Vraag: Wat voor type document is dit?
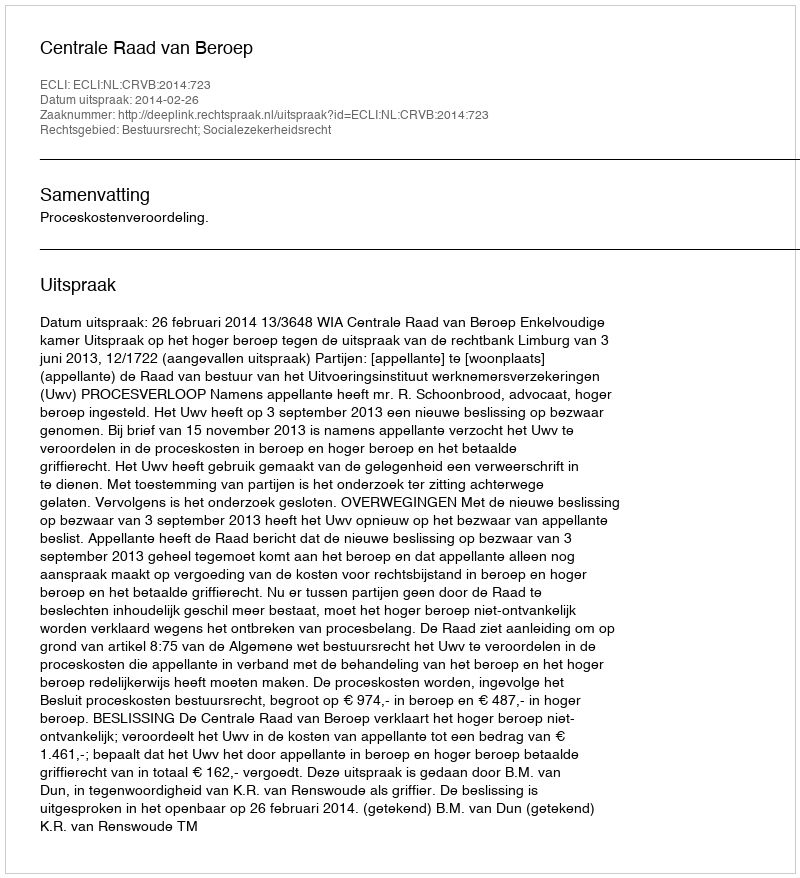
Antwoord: Uitspraak